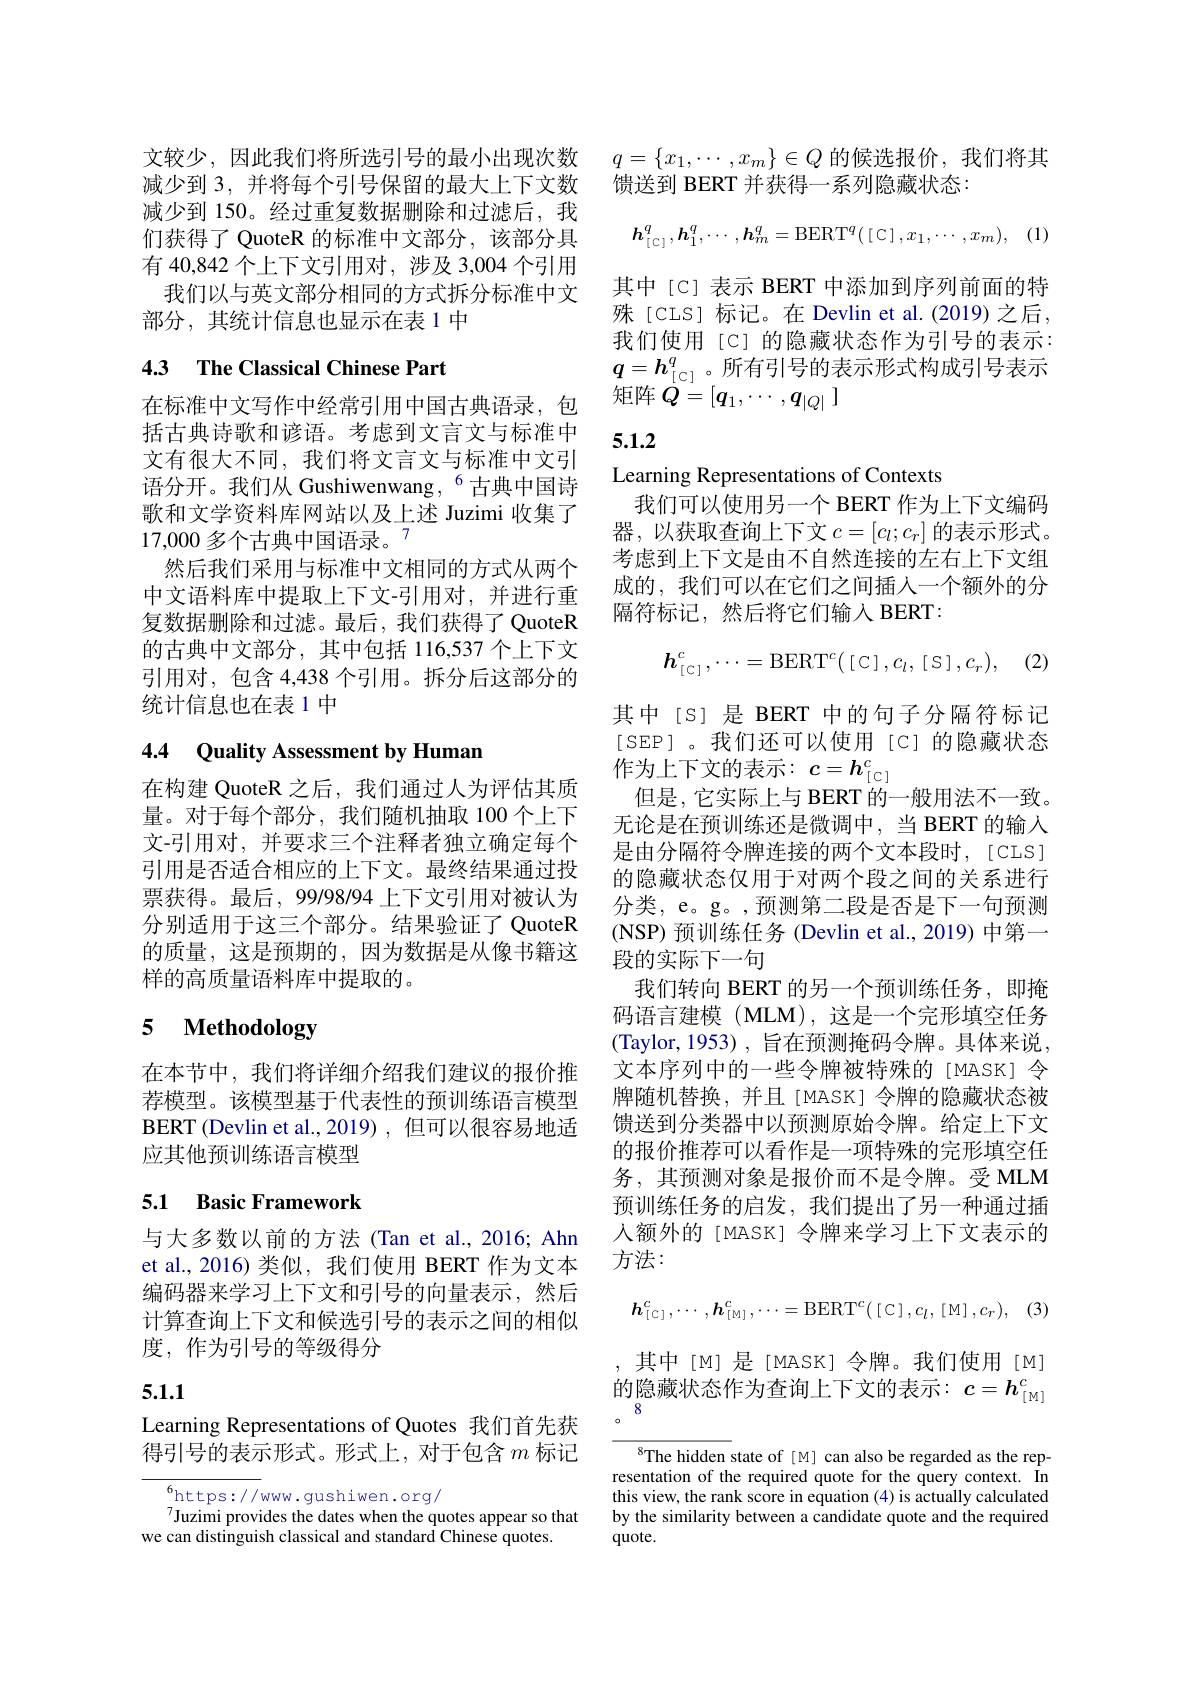
减少到 150。经过重复数据删除和过滤后，我们获得了 QuoteR 的标准中文部分，该部分具有 40,842 个上下文引用对，涉及 3,004 个引用我们以与英文部分相同的方式拆分标准中文
部分，其统计信息也显示在表 1 中

# 4.3 The Classical Chinese Part

在标准中文写作中经常引用中国古典语录，包括古典诗歌和谚语。考虑到文言文与标准中文有很大不同，我们将文言文与标准中文引语分开。我们从 Gushiwenwang, $^{6}$古典中国诗歌和文学资料库网站以及上述 Juzimi 收集了17,000 多个古典中国语录。$^{7}$
然后我们采用与标准中文相同的方式从两个中文语料库中提取上下文-引用对，并进行重复数据删除和过滤。最后，我们获得了 QuoteR 的古典中文部分，其中包括 116,537 个上下文引用对，包含 4,438 个引用。拆分后这部分的统计信息也在表 1 中

# 4.4 Quality Assessment by Humam

在构建 QuoteR 之后，我们通过人为评估其质量。对于每个部分，我们随机抽取 100个上下文-引用对，并要求三个注释者独立确定每个引用是否适合相应的上下文。最终结果通过投票获得。最后，99/98/94 上下文引用对被认为分别适用于这三个部分。结果验证了 QuoteR 的质量，这是预期的，因为数据是从像书籍这样的高质量语料库中提取的。

# 5 $\textbf{Methodology}$

在本节中，我们将详细介绍我们建议的报价推荐模型。该模型基于代表性的预训练语言模型BERT (Devlin et al., 2019) , 但可以很容易地适应其他预训练语言模型

## 5.1 Basic Framework

与大多数以前的方法(Tan et al.,2016; Ahn et al.,2016)类似，我们使用 BERT 作为文本编码器来学习上下文和引号的向量表示，然后计算查询上下文和候选引号的表示之间的相似度，作为引号的等级得分

# 5.1.1

Learning Representations of Quotes 我们首先获得引号的表示形式。形式上，对于包含$m$标记

$^{6}$https://www.gushiwen.org/
Juzimi provides the dates when the quotes appear so that
we can distinguish classical and standard Chinese quotes.

文较少，因此我们将所选引号的最小出现次数 $q= \{ x_1, \cdots , x_m\} \in Q$ 的候选报价，我们将其
减少到 3, 并将每个引号保留的最大上下文数 馈送到 BERT 并获得一系列隐藏状态：
$$\boldsymbol{h}_{[\:\mathbb{C}\:]}^q,\boldsymbol{h}_1^q,\cdots,\boldsymbol{h}_m^q=\mathrm{BERT}^q(\:[\:\mathbb{C}\:],x_1,\cdots,x_m),\quad(1)$$
其中[C] 表示 BERT 中添加到序列前面的特殊[CLS] 标记。在 Devlin et al.(2019)之后， 我们使用[C]的隐藏状态作为引号的表示： $q=\boldsymbol{h}_{[\mathbb{C}]}^q$。所有引号的表示形式构成引号表示矩阵$Q=[q_1,\cdots,q_{|Q|}]$

# 5.1.2

Learning Representations of Contexts

我们可以使用另一个 BERT 作为上下文编码器，以获取查询上下文$c=[c_l;c_r]$的表示形式。考虑到上下文是由不自然连接的左右上下文组成的，我们可以在它们之间插入一个额外的分隔符标记，然后将它们输入 BERT:
$$\boldsymbol{h}_{[\:\mathbb{C}\:]}^{c},\cdots=\mathrm{BERT}^{c}\bigl(\:[\:\mathbb{C}\:],c_{l},\:[\:\mathbb{S}\:],c_{r}\bigr),$$
(2)

其中[S]是 BERT 中的句子分隔符标记[SEP]。我们还可以使用[C]的隐藏状态作为上下文的表示：$c=\boldsymbol{h}_{[\mathbb{C}]}^c$
但是，它实际上与 BERT 的一般用法不一致。无论是在预训练还是微调中，当 BERT 的输入是由分隔符令牌连接的两个文本段时，[CLS] 的隐藏状态仅用于对两个段之间的关系进行分类，e。g。,预测第二段是否是下一句预测(NSP) 预训练任务 (Devlin et al., 2019) 中第一段的实际下一句
我们转向 BERT 的另一个预训练任务，即掩码语言建模 (MLM),这是一个完形填空任务(Taylor,1953) , 旨在预测掩码令牌。具体来说， 文本序列中的一些令牌被特殊的[MASK]令牌随机替换，并且[MASK] 令牌的隐藏状态被馈送到分类器中以预测原始令牌。给定上下文的报价推荐可以看作是一项特殊的完形填空任务，其预测对象是报价而不是令牌。受 MLM 预训练任务的启发，我们提出了另一种通过插入额外的[MASK] 令牌来学习上下文表示的方法：
$$h_{[\mathbb{C}]}^c,\cdots,h_{[\mathbb{M}]}^c,\cdots=\mathrm{BERT}^c(\text{[C]},c_l,\text{[M]},c_r),$$
,其中[M]是[MASK]令牌。我们使用[M] 的隐藏状态作为查询上下文的表示：$c=\boldsymbol{h}_{[\mathrm{M}]}^c$

$^{8}$The hidden state of [M] can also be regarded as the representation of the required quote for the query context. In this view, the rank score in equation (4) is actually calculated by the similarity between a candidate quote and the required $quote.$